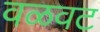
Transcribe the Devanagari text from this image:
वळवट